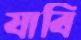
যাবি